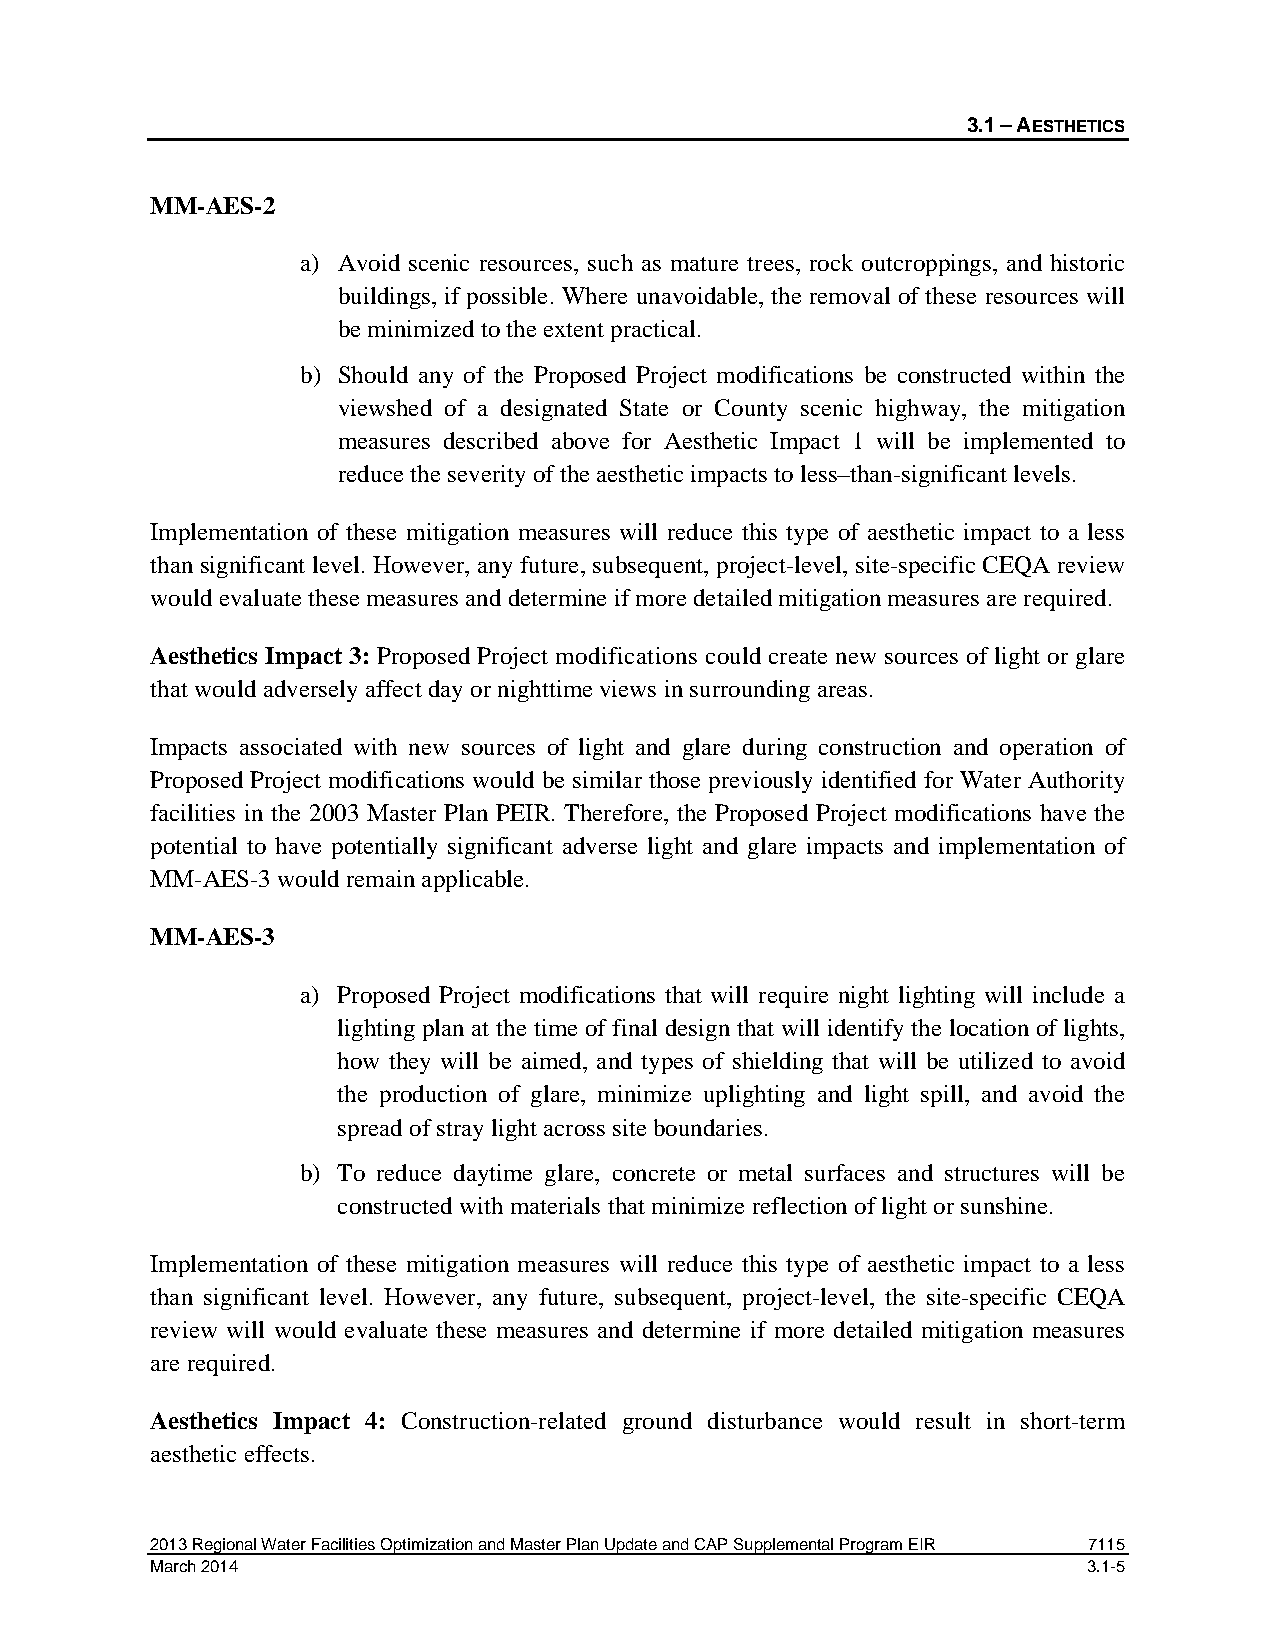
3.1 – AESTHETICS
 MM-AES-2
 a) Avoid scenic resources, such as mature trees, rock outcroppings, and historic
 buildings, if possible. Where unavoidable, the removal of these resources will
 be minimized to the extent practical.
 b) Should any of the Proposed Project modifications be constructed within the
 viewshed of a designated State or County scenic highway, the mitigation
 measures described above for Aesthetic Impact 1 will be implemented to
 reduce the severity of the aesthetic impacts to less–than-significant levels.
 Implementation of these mitigation measures will reduce this type of aesthetic impact to a less
 than significant level. However, any future, subsequent, project-level, site-specific CEQA review
 would evaluate these measures and determine if more detailed mitigation measures are required.
 Aesthetics Impact 3: Proposed Project modifications could create new sources of light or glare
 that would adversely affect day or nighttime views in surrounding areas.
 Impacts associated with new sources of light and glare during construction and operation of
 Proposed Project modifications would be similar those previously identified for Water Authority
 facilities in the 2003 Master Plan PEIR. Therefore, the Proposed Project modifications have the
 potential to have potentially significant adverse light and glare impacts and implementation of
 MM-AES-3 would remain applicable.
 MM-AES-3
 a) Proposed Project modifications that will require night lighting will include a
 lighting plan at the time of final design that will identify the location of lights,
 how they will be aimed, and types of shielding that will be utilized to avoid
 the production of glare, minimize uplighting and light spill, and avoid the
 spread of stray light across site boundaries.
 b) To reduce daytime glare, concrete or metal surfaces and structures will be
 constructed with materials that minimize reflection of light or sunshine.
 Implementation of these mitigation measures will reduce this type of aesthetic impact to a less
 than significant level. However, any future, subsequent, project-level, the site-specific CEQA
 review will would evaluate these measures and determine if more detailed mitigation measures
 are required.
 Aesthetics Impact 4: Construction-related ground disturbance would result in short-term
 aesthetic effects.
 2013 Regional Water Facilities Optimization and Master Plan Update and CAP Supplemental Program EIR 7115
 March 2014                                                    3.1-5